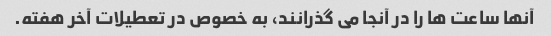
آنها ساعت ها را در آنجا می گذرانند، به خصوص در تعطیلات آخر هفته.